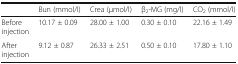
<table><thead><tr><td></td><td><b>Bun (mmol/l)</b></td><td><b>Crea (μmol/l)</b></td><td><b>β<sub>2</sub>-MG (mg/l)</b></td><td><b>CO<sub>2</sub> (mmol/l)</b></td></tr></thead><tbody><tr><td>Before injection</td><td>10.17 ± 0.09</td><td>28.00 ± 1.00</td><td>0.30 ± 0.10</td><td>22.16 ± 1.49</td></tr><tr><td>After injection</td><td>9.12 ± 0.87</td><td>26.33 ± 2.51</td><td>0.50 ± 0.10</td><td>17.80 ± 1.10</td></tr></tbody></table>